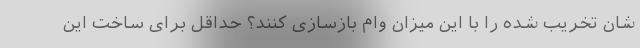
شان تخریب شده را با این میزان وام بازسازی کنند؟ حداقل برای ساخت این